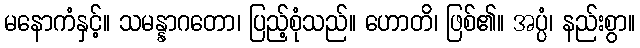
မနောကံနှင့်။ သမန္နာဂတော၊ ပြည့်စုံသည်။ ဟောတိ၊ ဖြစ်၏။ အပ္ပံ၊ နည်းစွာ။